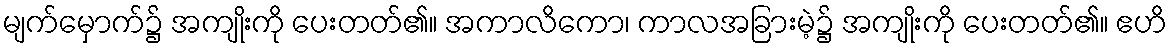
မျက်မှောက်၌ အကျိုးကို ပေးတတ်၏။ အကာလိကော၊ ကာလအခြားမဲ့၌ အကျိုးကို ပေးတတ်၏။ ဧဟိ